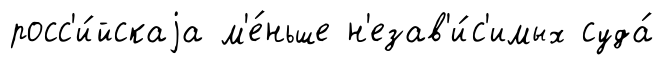
росс'и́йскаjа м'е́ньше н'езав'и́с'имых суда́